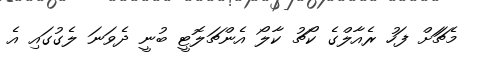
މެޗަަށް ފަހު ރެއާލްގެ ކޯޗު ކާލޯ އެންޗަލޮޓީ ބުނީ ދެވަނަ ލެގުގައި އެ